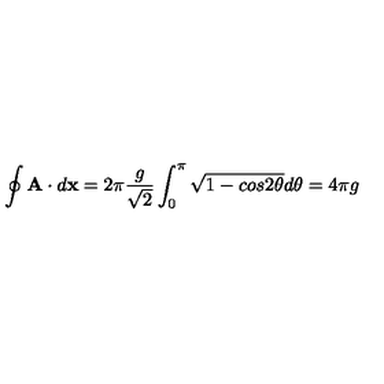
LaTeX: \oint { \bf A } \cdot d { \bf x } = 2 { \pi } \frac { g } { \sqrt 2 } \int _ { 0 } ^ { { \pi } } \sqrt { 1 - c o s 2 { \theta } } d { \theta } = 4 { \pi } g